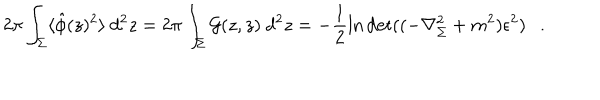
LaTeX: 2 \pi \int _ { \Sigma } \langle \hat { \phi } ( z ) ^ { 2 } \rangle ~ d ^ { 2 } z = 2 \pi \int _ { \Sigma } { \cal G } ( z , z ) ~ d ^ { 2 } z = - \frac 1 2 \ln \det ( ( - \nabla _ { \Sigma } ^ { 2 } + m ^ { 2 } ) \epsilon ^ { 2 } ) .